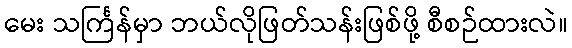
မေး သင်္ကြန်မှာ ဘယ်လိုဖြတ်သန်းဖြစ်ဖို့ စီစဉ်ထားလဲ။